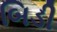
બિડી